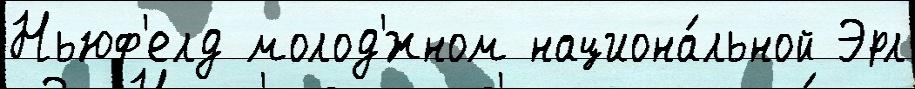
Ньюф'елд молод'́жном национа́льной Эрл